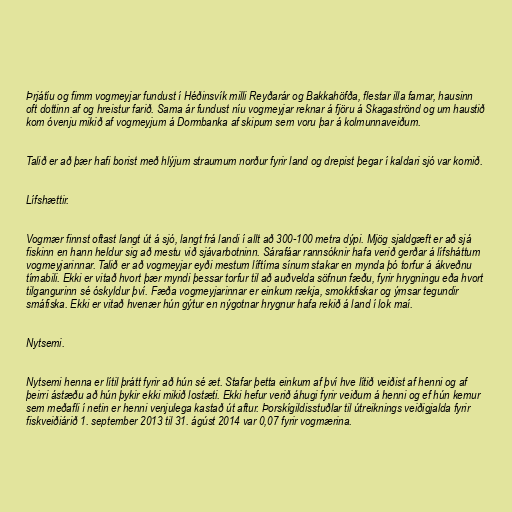
Þrjátíu og fimm vogmeyjar fundust í Héðinsvík milli Reyðarár og Bakkahöfða, flestar illa farnar, hausinn
oft dottinn af og hreistur farið. Sama ár fundust níu vogmeyjar reknar á fjöru á Skagaströnd og um haustið
kom óvenju mikið af vogmeyjum á Dormbanka af skipum sem voru þar á kolmunnaveiðum.

Talið er að þær hafi borist með hlýjum straumum norður fyrir land og drepist þegar í kaldari sjó var komið.

Lífshættir.

Vogmær finnst oftast langt út á sjó, langt frá landi í allt að 300-100 metra dýpi. Mjög sjaldgæft er að sjá
fiskinn en hann heldur sig að mestu við sjávarbotninn. Sárafáar rannsóknir hafa verið gerðar á lífsháttum
vogmeyjarinnar. Talið er að vogmeyjar eyði mestum líftíma sínum stakar en mynda þó torfur á ákveðnu
tímabili. Ekki er vitað hvort þær myndi þessar torfur til að auðvelda söfnun fæðu, fyrir hrygningu eða hvort
tilgangurinn sé óskyldur því. Fæða vogmeyjarinnar er einkum rækja, smokkfiskar og ýmsar tegundir
smáfiska. Ekki er vitað hvenær hún gýtur en nýgotnar hrygnur hafa rekið á land í lok maí.

Nytsemi.

Nytsemi henna er lítil þrátt fyrir að hún sé æt. Stafar þetta einkum af því hve lítið veiðist af henni og af
þeirri ástæðu að hún þykir ekki mikið lostæti. Ekki hefur verið áhugi fyrir veiðum á henni og ef hún kemur
sem meðafli í netin er henni venjulega kastað út aftur. Þorskígildisstuðlar til útreiknings veiðigjalda fyrir
fiskveiðiárið 1. september 2013 til 31. ágúst 2014 var 0,07 fyrir vogmærina.